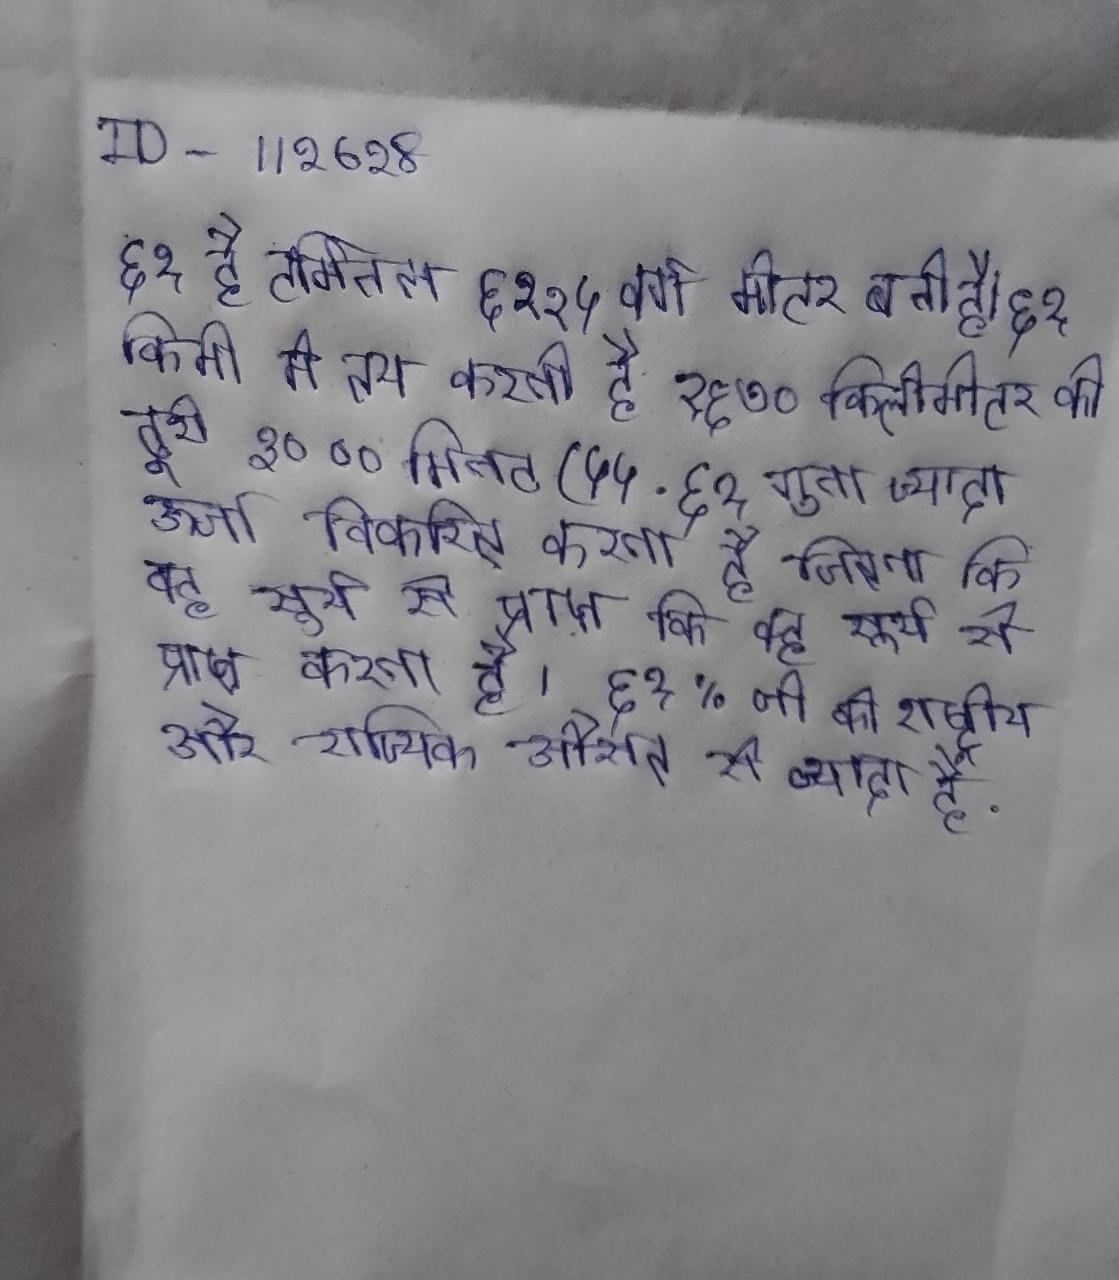
६१ है टर्मिनल ६२२५ वर्ग मीटर बनी है । ६१ किमी मे तय करती है १६७० किलोमीटर की दूरी ३० ०० मिनट (५५ . ६१ गुना ज्यादा ऊर्जा विकरित करता है जितना कि वह सूर्य से प्राप्त करता है । ६१% जो की राष्ट्रीय और राज्यिक औसत से ज्यादा है .